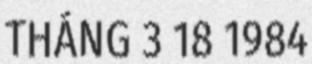
THÁNG 3 18 1984